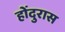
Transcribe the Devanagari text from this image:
होंदुरास